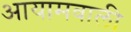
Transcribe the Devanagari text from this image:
आयामवाली